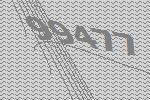
99477